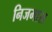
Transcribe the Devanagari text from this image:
निजमास